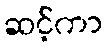
ဆင့်ကာ